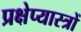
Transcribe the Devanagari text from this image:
प्रक्षेप्यास्त्रों